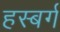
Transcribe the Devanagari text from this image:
हस्बर्ग